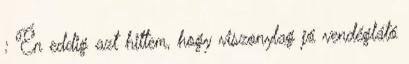
: Én eddig azt hittem, hogy viszonylag jó vendéglátó